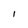
Character: I